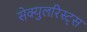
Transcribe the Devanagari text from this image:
सेक्युलरिस्ट्स